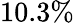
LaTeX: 10.3\%